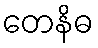
တေနိဓ